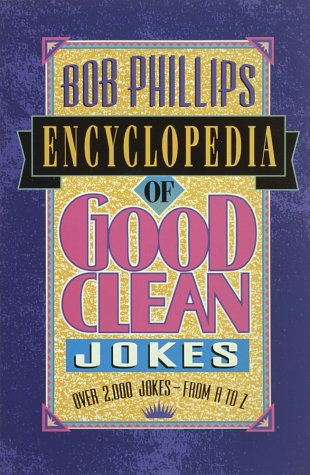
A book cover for Bob Phillips Encyclopedia of Good Clean Jokes; Bob Phillips; Reference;